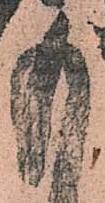
も